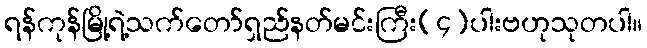
ရန်ကုန်မြို့ရဲ့သက်တော်ရှည်နတ်မင်းကြီး(၄)ပါးဗဟုသုတပါ။